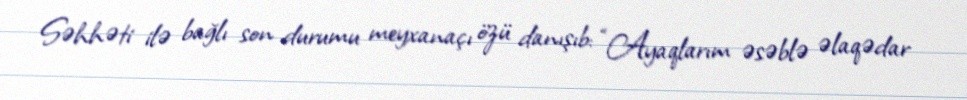
Səhhəti ilə bağlı son durumu meyxanaçı özü danışıb: “Ayaqlarım əsəblə əlaqədar